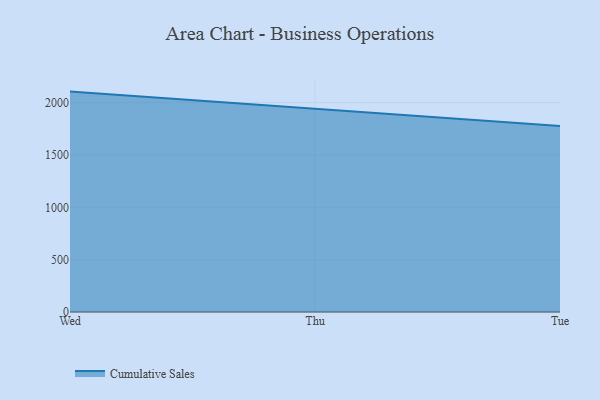
{"axis": {"x": "Day", "y": "Conversion Rate (%)"}, "legend": ["Cumulative Sales"], "data": [{"x": "Wed", "y": 2105.2, "type": "Cumulative Sales"}, {"x": "Thu", "y": 1938.0, "type": "Cumulative Sales"}, {"x": "Tue", "y": 1777.2, "type": "Cumulative Sales"}]}